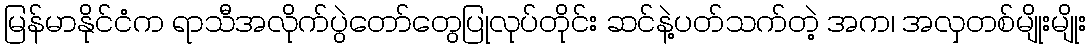
မြန်မာနိုင်ငံက ရာသီအလိုက်ပွဲတော်တွေပြုလုပ်တိုင်း ဆင်နဲ့ပတ်သက်တဲ့ အက၊ အလှတစ်မျိုးမျိုး